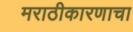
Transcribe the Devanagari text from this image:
मराठीकारणाचा